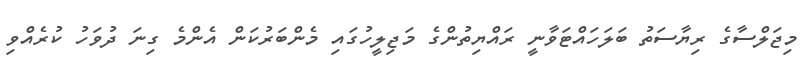
މިޖަލްސާގެ ރިޔާސަތު ބަލަހައްޓަވާނީ ރައްޔިތުންގެ މަޖިލީހުގައި މެންބަރުކަން އެންމެ ގިނަ ދުވަހު ކުރެއްވި